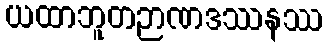
ယထာဘူတဉာဏဒဿနဿ